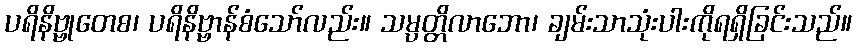
ပရိနိဗ္ဗုတေစ၊ ပရိနိဗ္ဗာန်စံသော်လည်း။ သမ္ပတ္တိလာဘော၊ ချမ်းသာသုံးပါးကိုရရှိခြင်းသည်။